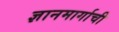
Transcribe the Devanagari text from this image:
ज्ञानमार्गाची